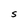
Character: S